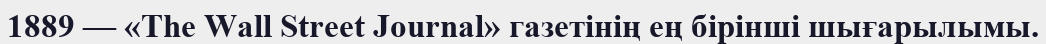
1889 — «The Wall Street Journal» газетінің ең бірінші шығарылымы.